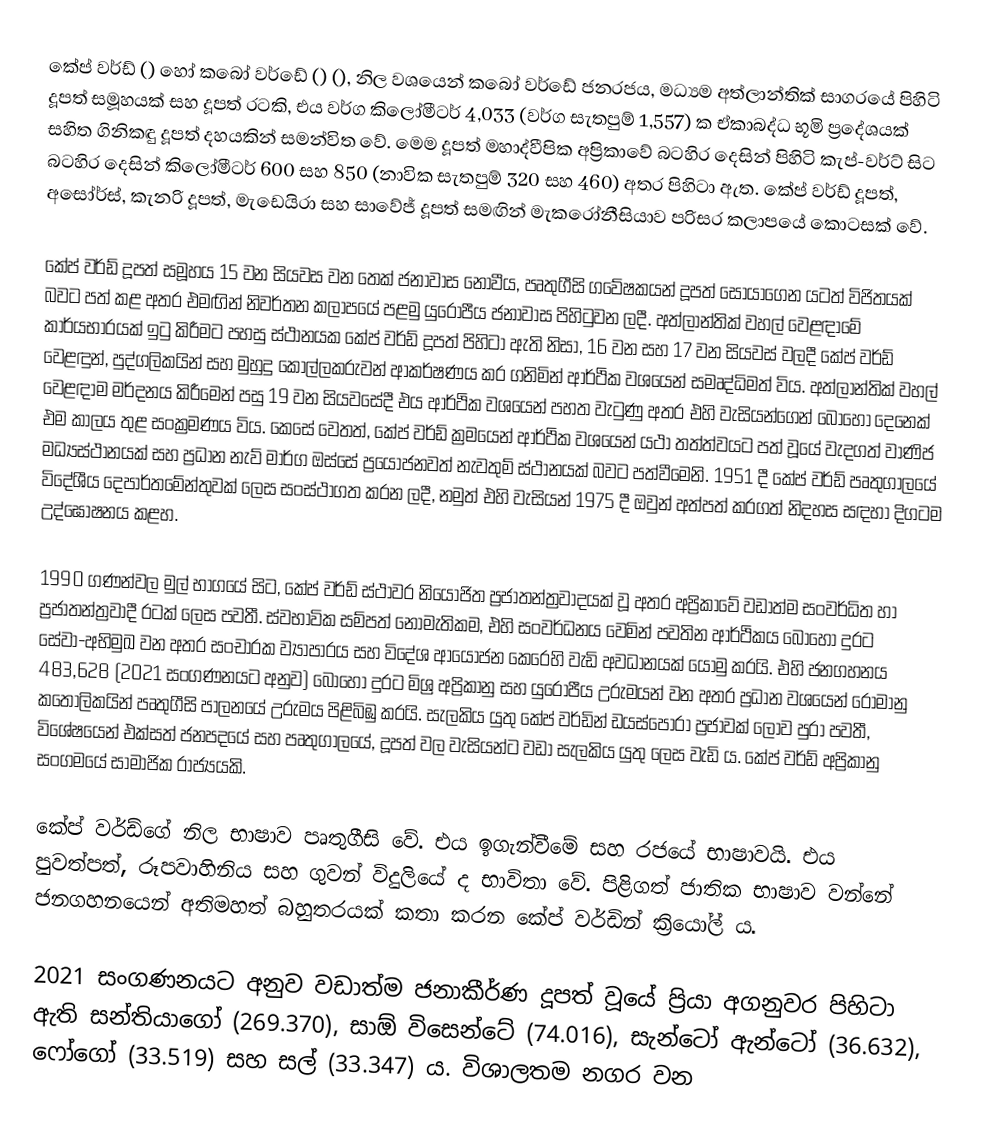
කේප් වර්ඩ් () හෝ කබෝ වර්ඩේ () (), නිල වශයෙන් කබෝ වර්ඩේ ජනරජය, මධ්‍යම අත්ලාන්තික් සාගරයේ පිහිටි දූපත් සමූහයක් සහ දූපත් රටකි, එය වර්ග කිලෝමීටර් 4,033 (වර්ග සැතපුම් 1,557) ක ඒකාබද්ධ භූමි ප්‍රදේශයක් සහිත ගිනිකඳු දූපත් දහයකින් සමන්විත වේ. මෙම දූපත් මහාද්වීපික අප්‍රිකාවේ බටහිර දෙසින් පිහිටි කැප්-වර්ට් සිට බටහිර දෙසින් කිලෝමීටර් 600 සහ 850 (නාවික සැතපුම් 320 සහ 460) අතර පිහිටා ඇත. කේප් වර්ඩ් දූපත්, අසෝර්ස්, කැනරි දූපත්, මැඩෙයිරා සහ සාවේජ් දූපත් සමඟින් මැකරෝනීසියාව පරිසර කලාපයේ කොටසක් වේ.

කේප් වර්ඩ් දූපත් සමූහය 15 වන සියවස වන තෙක් ජනාවාස නොවීය, පෘතුගීසි ගවේෂකයන් දූපත් සොයාගෙන යටත් විජිතයක් බවට පත් කළ අතර එමඟින් නිවර්තන කලාපයේ පළමු යුරෝපීය ජනාවාස පිහිටුවන ලදී. අත්ලාන්තික් වහල් වෙළඳාමේ කාර්යභාරයක් ඉටු කිරීමට පහසු ස්ථානයක කේප් වර්ඩ් දූපත් පිහිටා ඇති නිසා, 16 වන සහ 17 වන සියවස් වලදී කේප් වර්ඩ් වෙළඳුන්, පුද්ගලිකයින් සහ මුහුදු කොල්ලකරුවන් ආකර්ෂණය කර ගනිමින් ආර්ථික වශයෙන් සමෘද්ධිමත් විය. අත්ලාන්තික් වහල් වෙළඳාම මර්දනය කිරීමෙන් පසු 19 වන සියවසේදී එය ආර්ථික වශයෙන් පහත වැටුණු අතර එහි වැසියන්ගෙන් බොහෝ දෙනෙක් එම කාලය තුළ සංක්‍රමණය විය. කෙසේ වෙතත්, කේප් වර්ඩ් ක්‍රමයෙන් ආර්ථික වශයෙන් යථා තත්ත්වයට පත් වූයේ වැදගත් වාණිජ මධ්‍යස්ථානයක් සහ ප්‍රධාන නැව් මාර්ග ඔස්සේ ප්‍රයෝජනවත් නැවතුම් ස්ථානයක් බවට පත්වීමෙනි. 1951 දී කේප් වර්ඩ් පෘතුගාලයේ විදේශීය දෙපාර්තමේන්තුවක් ලෙස සංස්ථාගත කරන ලදී, නමුත් එහි වැසියන් 1975 දී ඔවුන් අත්පත් කරගත් නිදහස සඳහා දිගටම උද්ඝෝෂනය කළහ.

1990 ගණන්වල මුල් භාගයේ සිට, කේප් වර්ඩ් ස්ථාවර නියෝජිත ප්‍රජාතන්ත්‍රවාදයක් වූ අතර අප්‍රිකාවේ වඩාත්ම සංවර්ධිත හා ප්‍රජාතන්ත්‍රවාදී රටක් ලෙස පවතී. ස්වභාවික සම්පත් නොමැතිකම, එහි සංවර්ධනය වෙමින් පවතින ආර්ථිකය බොහෝ දුරට සේවා-අභිමුඛ වන අතර සංචාරක ව්‍යාපාරය සහ විදේශ ආයෝජන කෙරෙහි වැඩි අවධානයක් යොමු කරයි. එහි ජනගහනය 483,628 (2021 සංගණනයට අනුව) බොහෝ දුරට මිශ්‍ර අප්‍රිකානු සහ යුරෝපීය උරුමයන් වන අතර ප්‍රධාන වශයෙන් රෝමානු කතෝලිකයින් පෘතුගීසි පාලනයේ උරුමය පිළිබිඹු කරයි. සැලකිය යුතු කේප් වර්ඩින් ඩයස්පෝරා ප්‍රජාවක් ලොව පුරා පවතී, විශේෂයෙන් එක්සත් ජනපදයේ සහ පෘතුගාලයේ, දූපත් වල වැසියන්ට වඩා සැලකිය යුතු ලෙස වැඩි ය. කේප් වර්ඩ් අප්‍රිකානු සංගමයේ සාමාජික රාජ්‍යයකි.

කේප් වර්ඩ්ගේ නිල භාෂාව පෘතුගීසි වේ. එය ඉගැන්වීමේ සහ රජයේ භාෂාවයි. එය පුවත්පත්, රූපවාහිනිය සහ ගුවන් විදුලියේ ද භාවිතා වේ. පිළිගත් ජාතික භාෂාව වන්නේ ජනගහනයෙන් අතිමහත් බහුතරයක් කතා කරන කේප් වර්ඩින් ක්‍රියෝල් ය.

2021 සංගණනයට අනුව වඩාත්ම ජනාකීර්ණ දූපත් වූයේ ප්‍රියා අගනුවර පිහිටා ඇති සන්තියාගෝ (269.370), සාඕ විසෙන්ටේ (74.016), සැන්ටෝ ඇන්ටෝ (36.632), ෆෝගෝ (33.519) සහ සල් (33.347) ය. විශාලතම නගර වන